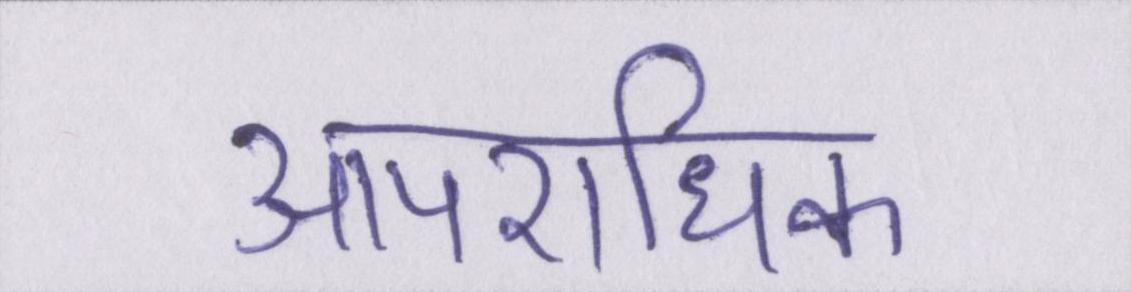
आपराधिक